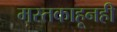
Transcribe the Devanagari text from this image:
मस्तकाहूनही